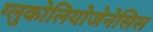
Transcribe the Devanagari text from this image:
ग्लुकोलियोजेनेसिस